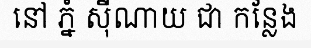
នៅ ភ្នំ ស៊ីណាយ ជា កន្លែង